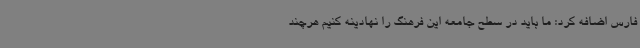
فارس اضافه کرد: ما باید در سطح جامعه این فرهنگ را نهادینه کنیم هرچند